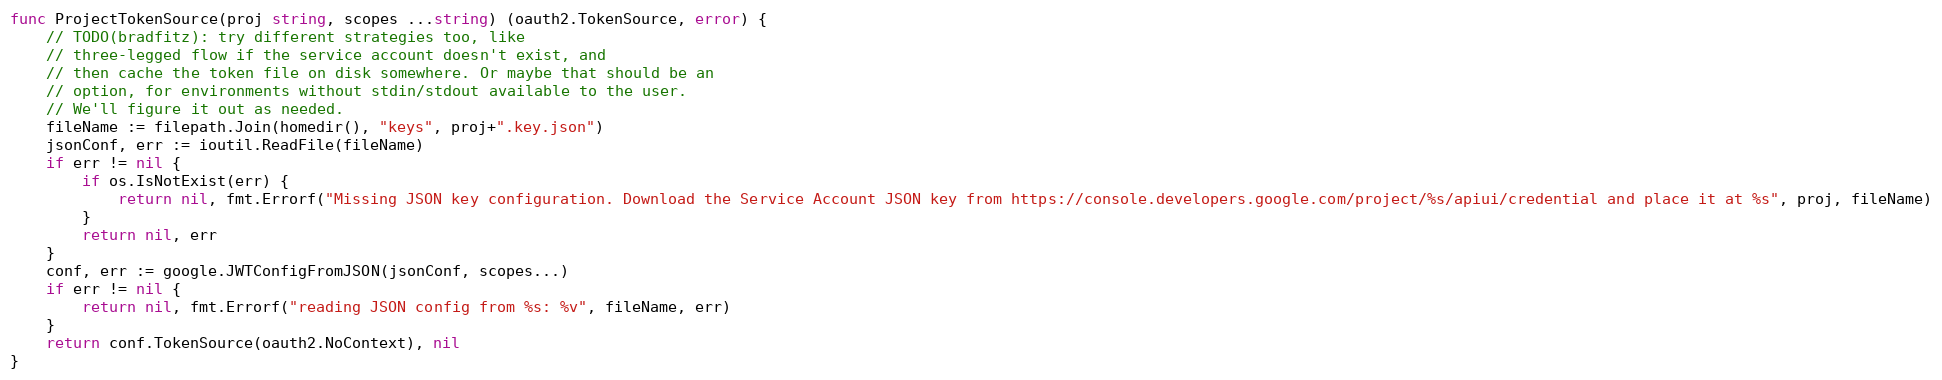
Language: Go
func ProjectTokenSource(proj string, scopes ...string) (oauth2.TokenSource, error) {
	// TODO(bradfitz): try different strategies too, like
	// three-legged flow if the service account doesn't exist, and
	// then cache the token file on disk somewhere. Or maybe that should be an
	// option, for environments without stdin/stdout available to the user.
	// We'll figure it out as needed.
	fileName := filepath.Join(homedir(), "keys", proj+".key.json")
	jsonConf, err := ioutil.ReadFile(fileName)
	if err != nil {
		if os.IsNotExist(err) {
			return nil, fmt.Errorf("Missing JSON key configuration. Download the Service Account JSON key from https://console.developers.google.com/project/%s/apiui/credential and place it at %s", proj, fileName)
		}
		return nil, err
	}
	conf, err := google.JWTConfigFromJSON(jsonConf, scopes...)
	if err != nil {
		return nil, fmt.Errorf("reading JSON config from %s: %v", fileName, err)
	}
	return conf.TokenSource(oauth2.NoContext), nil
}